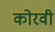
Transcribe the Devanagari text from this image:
कोरवी